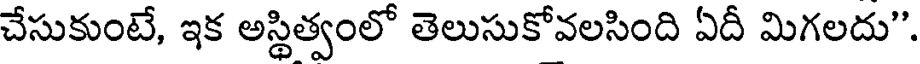
చేసుకుంటే, ఇక అస్థిత్వంలో తెలుసుకోవలసింది ఏదీ మిగలదు".